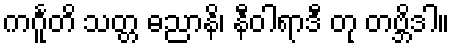
ကင်္ဂူတိ သတ္တ ဓညာနိ၊ နီဝါရာဒီ တု တဗ္ဘိဒါ။